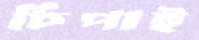
চিপাই